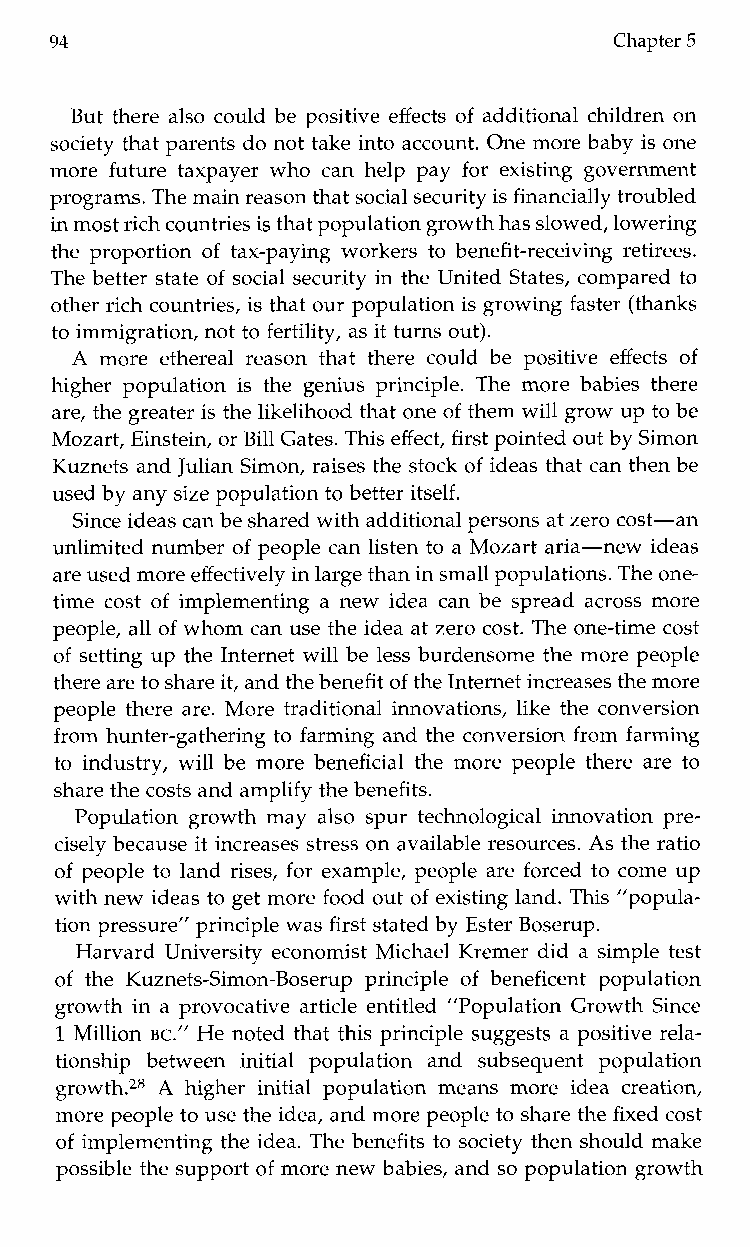
94                                    Chapter 5
 But there also could be positive effects of additional children on
 society that parents do not take into account. One more baby is one
 more future taxpayer who can help pay for existing government
 programs. The main reason that social security is financially troubled
 in most rich countries is that population growthh as slowed, lowering
 the proportion of tax-paying workers to benefit-receiving retirees.
 The better state of social security in the United States, compared to
 other rich countries, is that our population is growing faster (thanks
 to immigration, not to fertility, as it turns out).
 A more ethereal reason that there could be positive effects of
 higher population is the genius principle. The more babies there
 are, the greater is the likelihood that one of them will grow up to be
 Mozart, Einstein, or Bill Gates. This effect, first pointed out by Simon
 Kuznets and Julian Simon,r aises the stock of ideas that can then be
 used by any size population to better itself.
 Since ideas can be shared with additionapl ersons at zero cost-an
 unlimited number of people can listen to a Mozart aria-new ideas
 are used moree ffectively in large than in small populations. The one-
 time cost of implementing a new idea can be spread across more
 people, all of whom can use the idea at zero cost. The one-time cost
 of setting up the Internet will be less burdensome the more people
 there are to shareit , and the benefit of the Internet increases the more
 people there are. More traditional innovations, like the conversion
 from hunter-gathering to farming and the conversion from farming
 to industry, will be more beneficial the more people there are to
 share the costs and amplify the benefits.
 Population growth may also spur technological innovation pre-
 cisely because it increases stress on available resources. As the ratio
 of people to land rises, for example, people are forced to come up
 with new ideas to get more food out of existing land. This ”popula-
 tion pressure” principle was first stated by Ester Boserup.
 Harvard University economist Michael Kremer did a simple test
 of the Kuznets-Simon-Boserup principle of beneficent population
 growth in a provocative article entitled ”Population Growth Since
 1 Million BC.” He noted that this principle suggests a positive rela-
 tionship between initial populationa nds ubsequenpt opulation
 growth.28 A higher initial populationm eansm ore idea creation,
 more people to use the idea, and more people to share the fixed cost
 of implementing the idea. The benefits to society then should make
 possible the support of more new babies, and so population growth